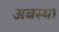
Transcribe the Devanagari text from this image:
अबस्था